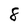
Character: 8